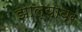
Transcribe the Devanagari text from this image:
झाल्‍यावर